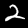
Digit: 2